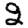
Digit: 2